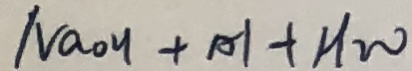
N a o H + A l + H _ { 2 } O